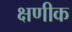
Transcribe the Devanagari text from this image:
क्षणीक